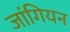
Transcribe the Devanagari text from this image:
जांगियन